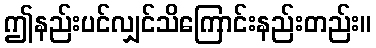
ဤနည်းပင်လျှင်သိကြောင်းနည်းတည်း။